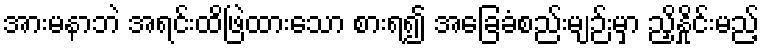
အားမနာဘဲ အရင်းထိဖြဲထားသော စားရ၍ အခြေခံစည်းမျဉ်းမှာ ညှိနှိုင်းမည့်